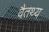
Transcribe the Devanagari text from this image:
वैतथ्य